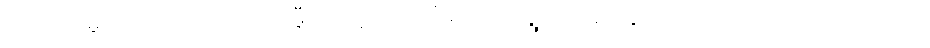
ကောသမ္ဗိသေဋ္ဌိဿ၊ ကောသမ္ဗီသဋ္ဌေးအား။ “မယာ၊ ငါရွာငယ်၌နေသော သဋ္ဌေးသည်။ တုမှေဟိ၊